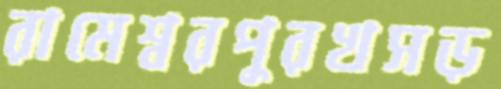
রামেশ্বরপুরখসড়